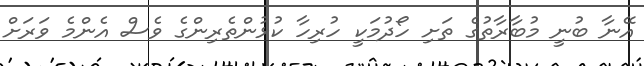
އޭނާ ބުނީ މުބާރާތުގެ ތަށި ހޯދުމަކީ ހުރިހާ ކުޅުންތެރިންގެ ވެސް އެންމެ ވަރަށް